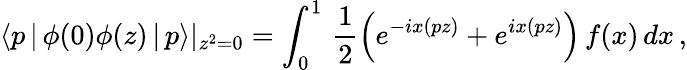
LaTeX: \langle p\, |\, \phi(0)\phi(z)\, |\, p\rangle|_{z^{2}=0}=\int_{0}^{1}\, \frac 1{2}\left(e^{-ix(pz)}+e^{ix(pz)}\right)\, f(x)\, dx\, ,